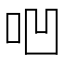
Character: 𠱃